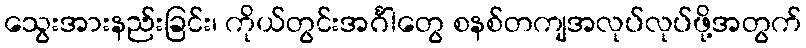
သွေးအားနည်းခြင်း၊ ကိုယ်တွင်းအင်္ဂါတွေ စနစ်တကျအလုပ်လုပ်ဖို့အတွက်